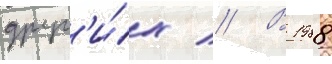
друг'и́х // В 1988